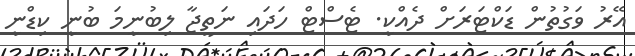
އޭރު ވަގުތުން ޑަކްޓަރަށް ދެއްކީ. ޓެސްޓް ހަދައި ނަތީޖާ ލިބުނީމަ ބުނީ ކިޑްނީ